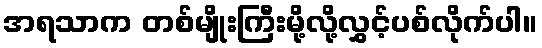
အရသာက တစ်မျိုးကြီးမို့လို့လွှင့်ပစ်လိုက်ပါ။